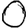
Digit: 0